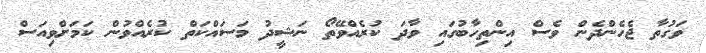
ވަގުތާ ޖެހެންދެން ވެސް އިންތިހާބުގައި ވާދަ ކުރެއްވޭތޯ ނަޝީދު މަސައްކަތް ކުރެއްވުން ކަމަށްވިއަސް